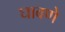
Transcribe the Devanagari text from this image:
घावणे